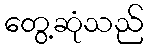
တွေ့ဆုံသည်